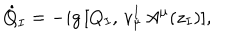
LaTeX: \dot { Q } _ { I } = - i g \, [ Q _ { I } , \, v _ { \mu } ^ { I } \, A ^ { \mu } ( z _ { I } ) ] ,